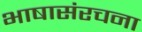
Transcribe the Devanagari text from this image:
भाषासंरचना